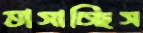
ভাসাচ্ছিস